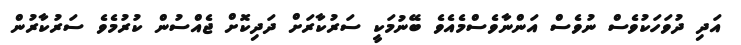
އަދި ދުވަހަކުވެސް ނުވެސް އަންނާވެސްމެއެވެ ބޭނުމަކީ ސަރުކާރަށް ދަދިކޮށް ޖެއްސުން ކުރުމެވެ ސަރުކާރުން